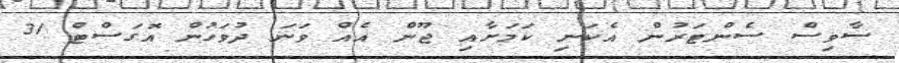
ސާވިސް ސެންޓަރުން އެކަނި ކަމަށާއި ޖޫން އެއް ވަނަ ދުވަހުން އޮގަސްޓް 31